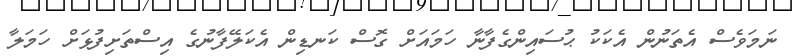
ނަމަވެސް އެތަނުން އެކަކު ޙުސައިންގެފާނާ ހަމައަށް ގޮސް ކަނޑިން އެކަލޭފާނުގެ އިސްތަށިފުޅަށް ހަމަލާ